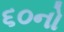
૬૦નો